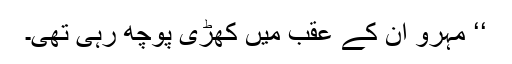
‘‘ مہرو ان کے عقب میں کھڑی پوچھ رہی تھی۔